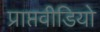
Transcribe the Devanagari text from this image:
प्राप्तवीडियो